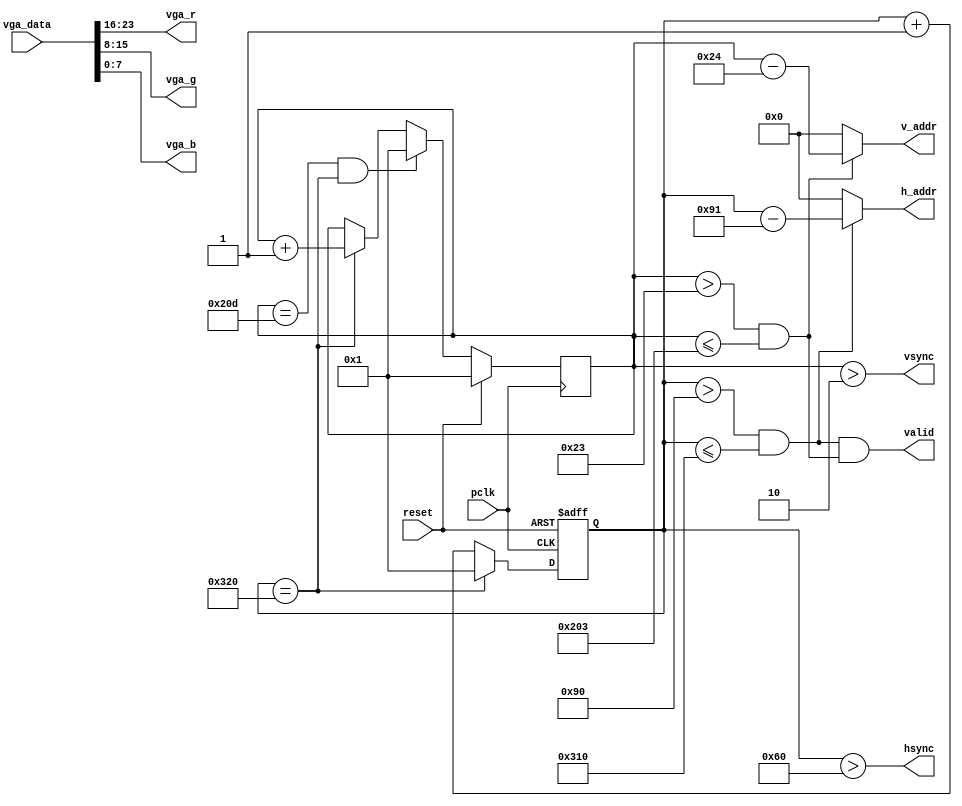
module vga_ctrl(
	input pclk,						//25MHz
	input reset,					//
	input [23:0]vga_data,		//vGA
	output [9:0]h_addr,			//
	output [9:0]v_addr,
	output hsync,					//
	output vsync,
	output valid,					//
	output [7:0]vga_r,			//
	output [7:0]vga_g,
	output [7:0]vga_b
	);

	//640x480VGA
	parameter h_frontporch = 96;
	parameter h_active = 144;
	parameter h_backporch = 784;
	parameter h_total = 800;
	
	parameter v_frontporch = 2;
	parameter v_active = 35;
	parameter v_backporch = 515;
	parameter v_total = 525;

	//
	reg [9:0]x_cnt=10'b0;
	reg [9:0]y_cnt=10'b0;
	wire h_valid;
	wire v_valid;
	
	always @ (posedge reset or posedge pclk)//
		if (reset == 1'b1)
			x_cnt <= 1;
		else
		begin
			if (x_cnt == h_total)
				x_cnt<=1;
			else
				x_cnt <= x_cnt+10'd1;
		end

	always @ (posedge pclk)//
		if (reset == 1'b1)
			y_cnt<=1;
		else
		begin
			if (y_cnt == v_total & x_cnt == h_total)
				y_cnt <= 1;
			else if (x_cnt == h_total)
				y_cnt <= y_cnt + 10'd1;
		end
	//
	assign hsync = (x_cnt > h_frontporch);
	assign vsync = (y_cnt > v_frontporch);
	//
	assign h_valid = (x_cnt > h_active) & (x_cnt <= h_backporch);
	assign v_valid = (y_cnt > v_active) & (y_cnt <= v_backporch);
	assign valid = h_valid & v_valid;
	//
	assign h_addr = h_valid ? (x_cnt - 10'd145) : {10{1'b0}};
	assign v_addr = v_valid ? (y_cnt - 10'd36) : {10{1'b0}};
	//
	assign vga_r = vga_data[23:16];
	assign vga_g = vga_data[15:8];
	assign vga_b = vga_data[7:0];
endmodule